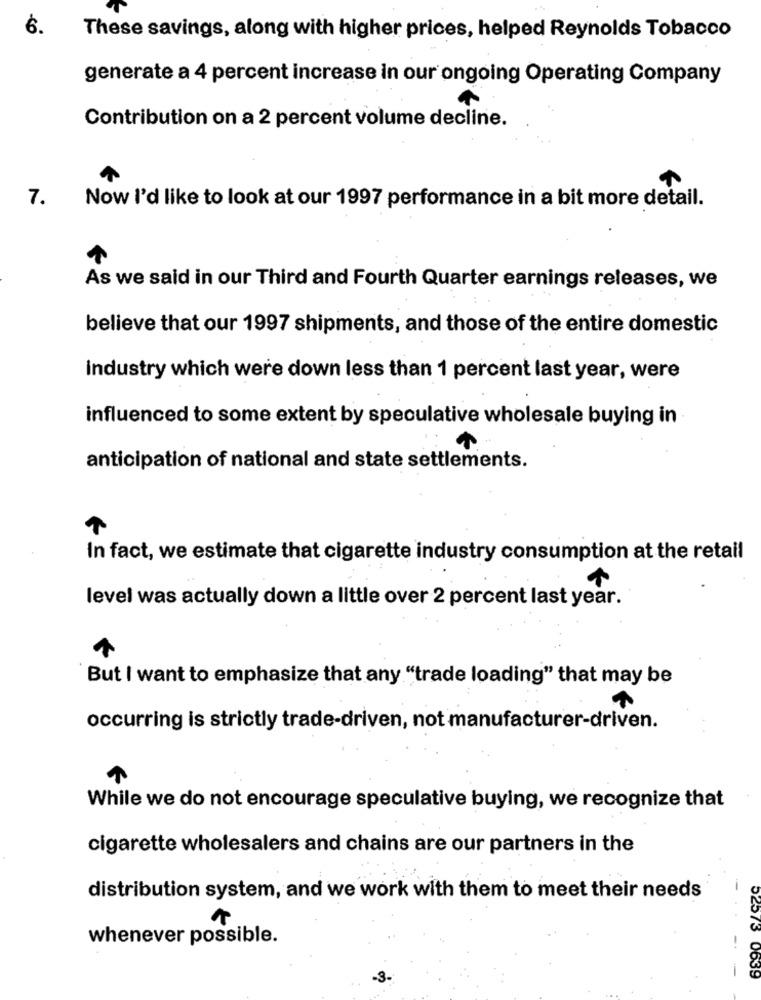
6.
These savings, along with higher prices, helped Reynolds Tobacco
generate a 4 percent increase in our ongoing Operating Company
Contribution on a 2 percent volume decline.
7.
Now I'd like to look at our 1997 performance in a bit more detail.
As we said in our Third and Fourth Quarter earnings releases, we
believe that our 1997 shipments, and those of the entire domestic
industry which were down less than 1 percent last year, were
influenced to some extent by speculative wholesale buying in
anticipation of national and state settlements.
In fact, we estimate that cigarette industry consumption at the retail
level was actually down a little over 2 percent last year.
But I want to emphasize that any "trade loading" that may be
occurring is strictly trade-driven, not manufacturer-driven.
While we do not encourage speculative buying, we recognize that
cigarette wholesalers and chains are our partners in the
distribution system, and we work with them to meet their needs
whenever possible.
-
-3-
52573 0639